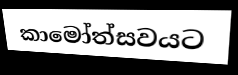
කාමෝත්සවයට